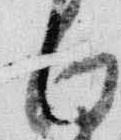
白